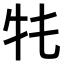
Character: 𤘛